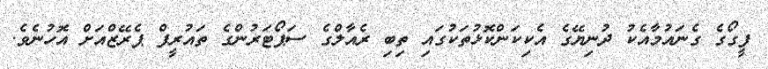
ފީގޯގެ ގެނައުމާއެކު ދުނިޔޭގެ އެކިކަންކޮޅުތަކުގައި ތިބި ރެއާލްގެ ސަޕޯޓަރުންގެ ތައުރީފް ޕެރޭޒްއަށް އޮހުނެވެ.